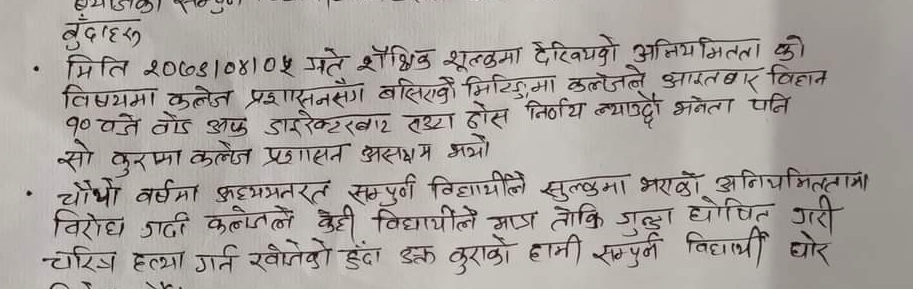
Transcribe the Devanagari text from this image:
बूँदाहरू
मिति २०७३।०४।०५ गते शैक्षिक शुल्कमा देखिएको अनियमितता को
विषयमा कलेज प्रशासनसंग बसिएको मिटिंगमा कलेजले आइतवार बिहान
१० बजे हेड अफ डाइरेक्टरबाट तथा होस निर्णय ल्याउदो भनेता पनि
सो कुरामा कलेज प्रशासन असक्षम भयो
चौथो वर्षमा अध्ययनरत सम्पूर्ण विद्यार्थीले शुल्कमा भएको अनियमिततामा
बिरोध गर्दा कलेजले केही विद्यार्थीले मात्र तोकि गुन्डा घोषित गरी
चरित्र हत्या गर्न खोजेको हुंदा उक्त कुराको हामी सम्पूर्ण विद्यार्थी घोर